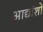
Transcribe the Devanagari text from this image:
आद्यांशों